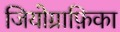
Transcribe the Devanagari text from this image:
जियोग्राफ़िका